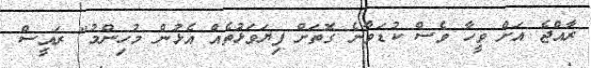
ރާއްޖެ އަށް ވީހާ ވެސް ކުޑަވާނެ ގޮތަށް ފިޔަވަޅުތެއް އެޅުން މުހިންމު" ރައީސް